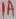
Text: 1A